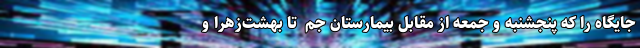
جایگاه را که پنجشنبه و جمعه از مقابل بیمارستان جم ‌ تا بهشت‌زهرا و